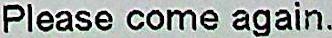
PLEASE COME AGAIN.